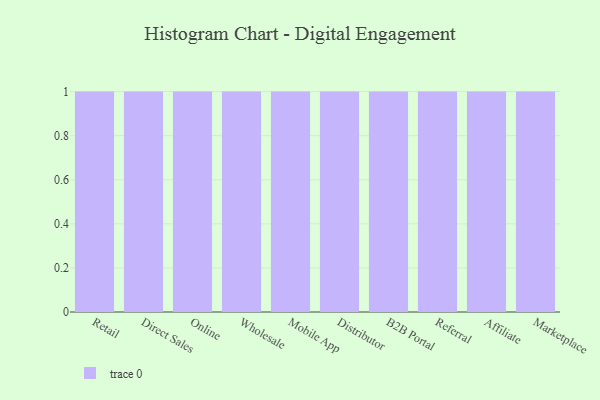
{"axis": {"x": "Channel", "y": "Conversion Rate (%)"}, "legend": [""], "data": [{"x": "Retail", "y": 97, "type": ""}, {"x": "Direct Sales", "y": 61, "type": ""}, {"x": "Online", "y": 53, "type": ""}, {"x": "Wholesale", "y": 75, "type": ""}, {"x": "Mobile App", "y": 41, "type": ""}, {"x": "Distributor", "y": 21, "type": ""}, {"x": "B2B Portal", "y": 2, "type": ""}, {"x": "Referral", "y": 6, "type": ""}, {"x": "Affiliate", "y": 23, "type": ""}, {"x": "Marketplace", "y": 84, "type": ""}]}